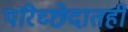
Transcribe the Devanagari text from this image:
परिच्छेदातही